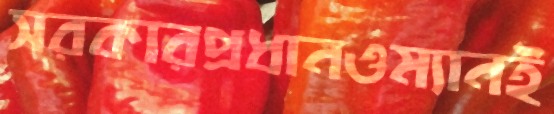
সরকারপ্রধানওম্যানই